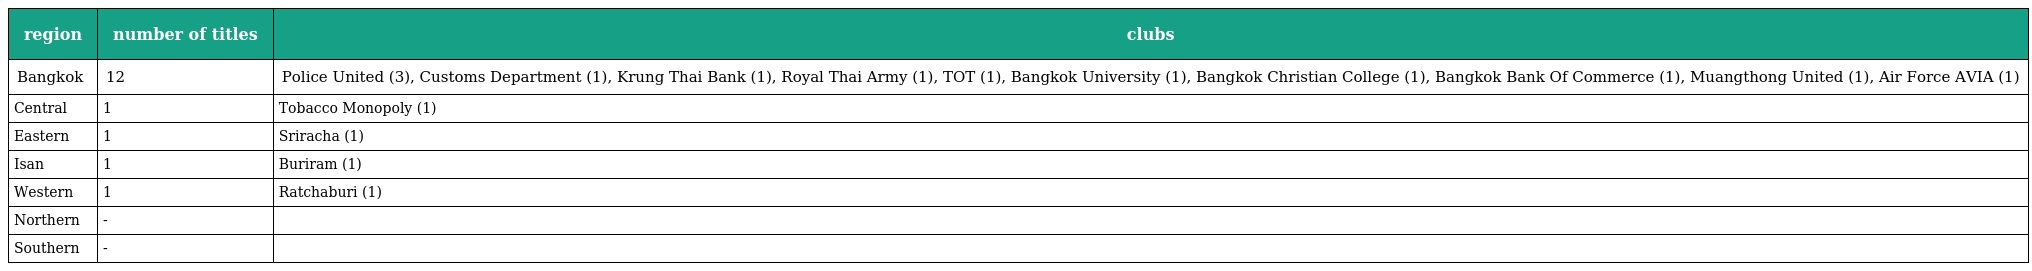
| region | number of titles | clubs |
 | --- | --- | --- |
 | Bangkok | 12 | Police United (3), Customs Department (1), Krung Thai Bank (1), Royal Thai Army (1), TOT (1), Bangkok University (1), Bangkok Christian College (1), Bangkok Bank Of Commerce (1), Muangthong United (1), Air Force AVIA (1) |
 | Central | 1 | Tobacco Monopoly (1) |
 | Eastern | 1 | Sriracha (1) |
 | Isan | 1 | Buriram (1) |
 | Western | 1 | Ratchaburi (1) |
 | Northern | - |  |
 | Southern | - |  |